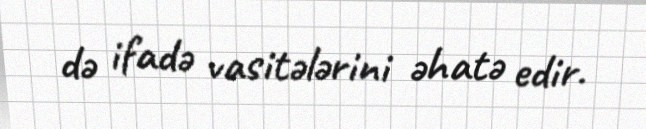
də ifadə vasitələrini əhatə edir.